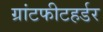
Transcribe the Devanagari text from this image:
ग्रांटफीटहर्डर